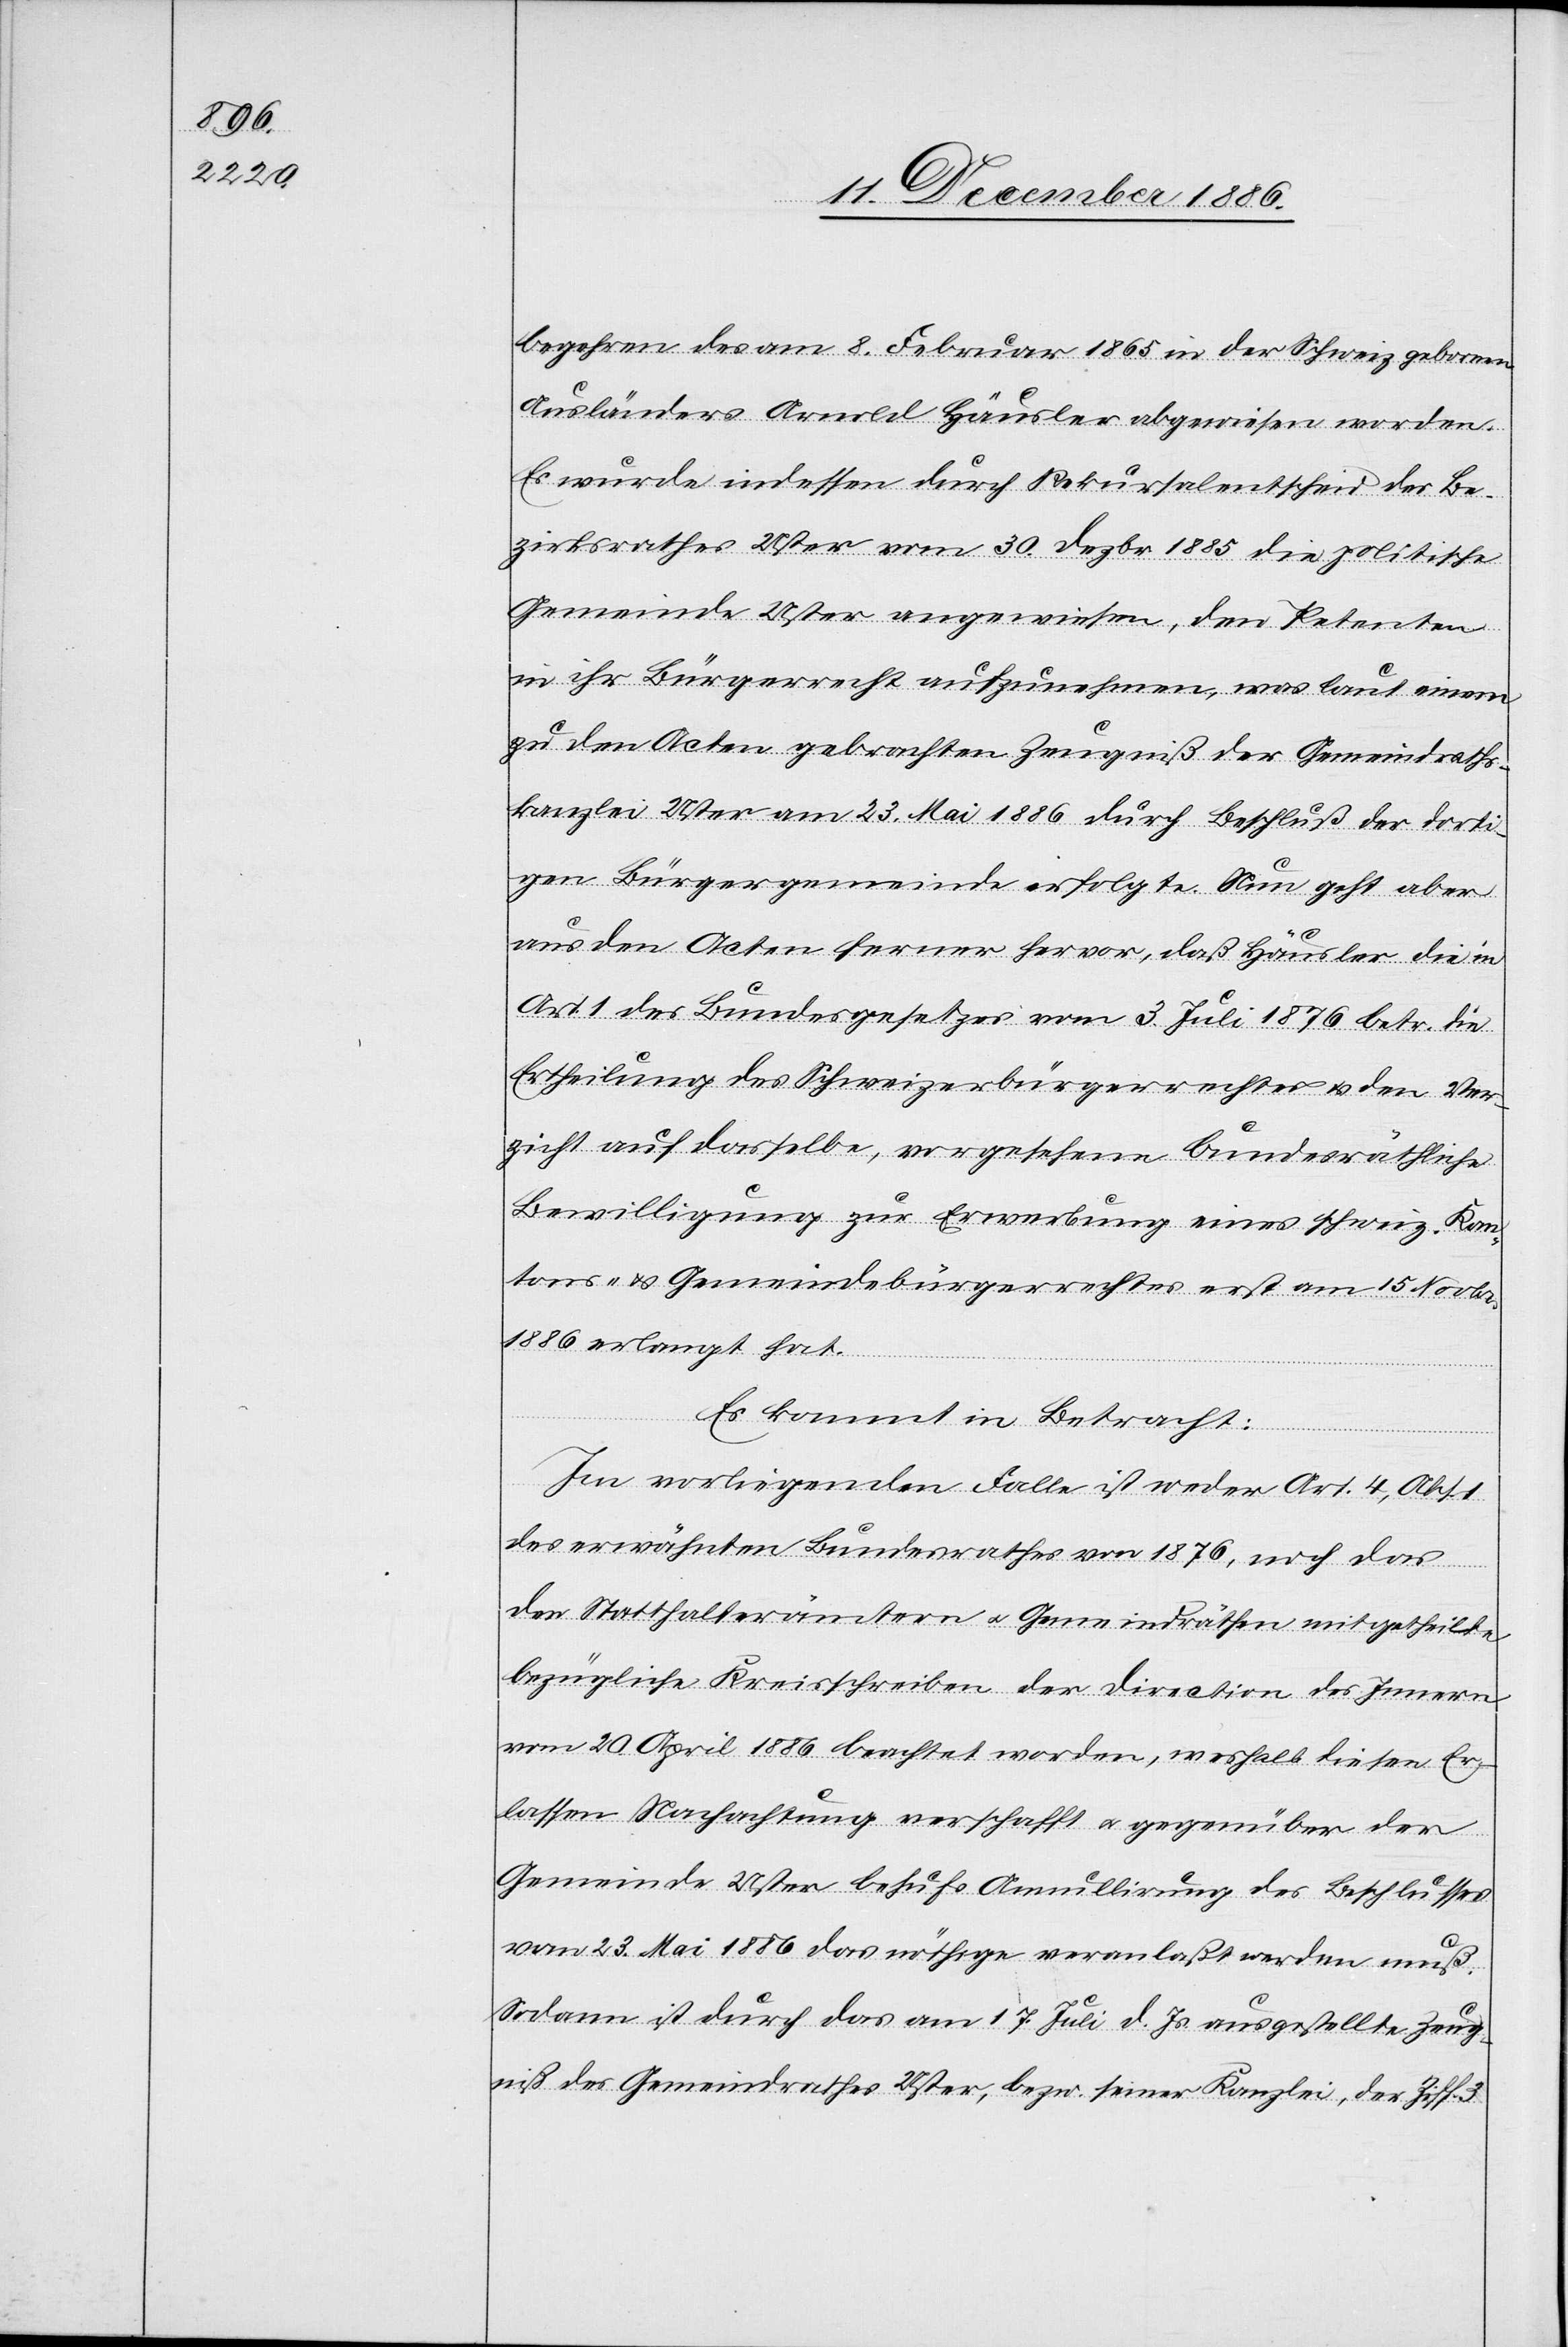
begehren des am 8. Februar 1865 in der Schweiz gebornen
Ausländers Arnold Häusler abgewiesen worden.
Es wurde indessen durch Rekursalentscheid des Be¬
zirksrathes Uster vom 30. Dezbr. 1885 die politische
Gemeinde Uster angewiesen, den Petenten
in ihr Bürgerrecht aufzunehmen, was laut einem
zu den Acten gebrachten Zeugniß der Gemeindraths¬
kanzlei Uster am 23. Mai 1886 durch Beschluß der dorti¬
gen Bürgergemeinde erfolgte. Nun geht aber
aus den Acten ferner hervor, daß Häusler die in
Art. 1 des Bundesgesetzes vom 3. Juli 1876 betr. die
Ertheilung des Schweizerbürgerrechtes & den Ver¬
zicht auf dasselbe, vorgesehene bundesräthliche
Bewilligung zur Erwerbung eines schweiz. Kan¬
tons- & Gemeindebürgerrechtes erst am 15. Novbr.
1886 erlangt hat.
Es kommt in Betracht:
Im vorliegenden Falle ist weder Art. 4, Abs. 1
des erwähnten Bundesrathes von 1876, noch das
den Statthalterämtern & Gemeindräthen mitgetheilte
bezügliche Kreisschreiben der Direction des Innern
vom 20. April 1886 beachtet worden, weshalb diesen Er¬
lassen Nachachtung verschafft & gegenüber der
Gemeinde Uster behufs Annullirung des Beschlusses
vom 23. Mai 1886 das nöthige veranlaßt werden muß.
Sodann ist durch das am 17. Juli d. Js. ausgestellte Zeug¬
niß des Gemeindrathes Uster, bezw. seiner Kanzlei, der Ziff. 3